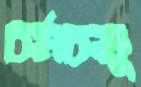
চর্মচক্ষু